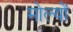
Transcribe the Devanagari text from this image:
मोल्यों